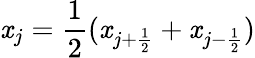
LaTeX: \mathit{x}_{j}=\frac{{1}}{{2}}(\mathit{x}_{j+\frac{{1}}{{2}}}+\mathit{x}_{j-\frac{{1}}{{2}}})